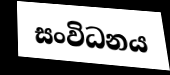
සංවිධනය